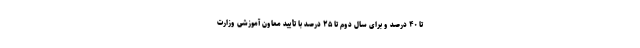
تا ۴۰ درصد و برای سال دوم تا ۲۵ درصد با تأیید معاون آموزشی وزارت